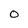
Character: 0